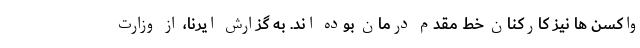
واکسن ها نیز کارکنان خط مقدم درمان بوده اند. به گزارش ایرنا، از وزارت